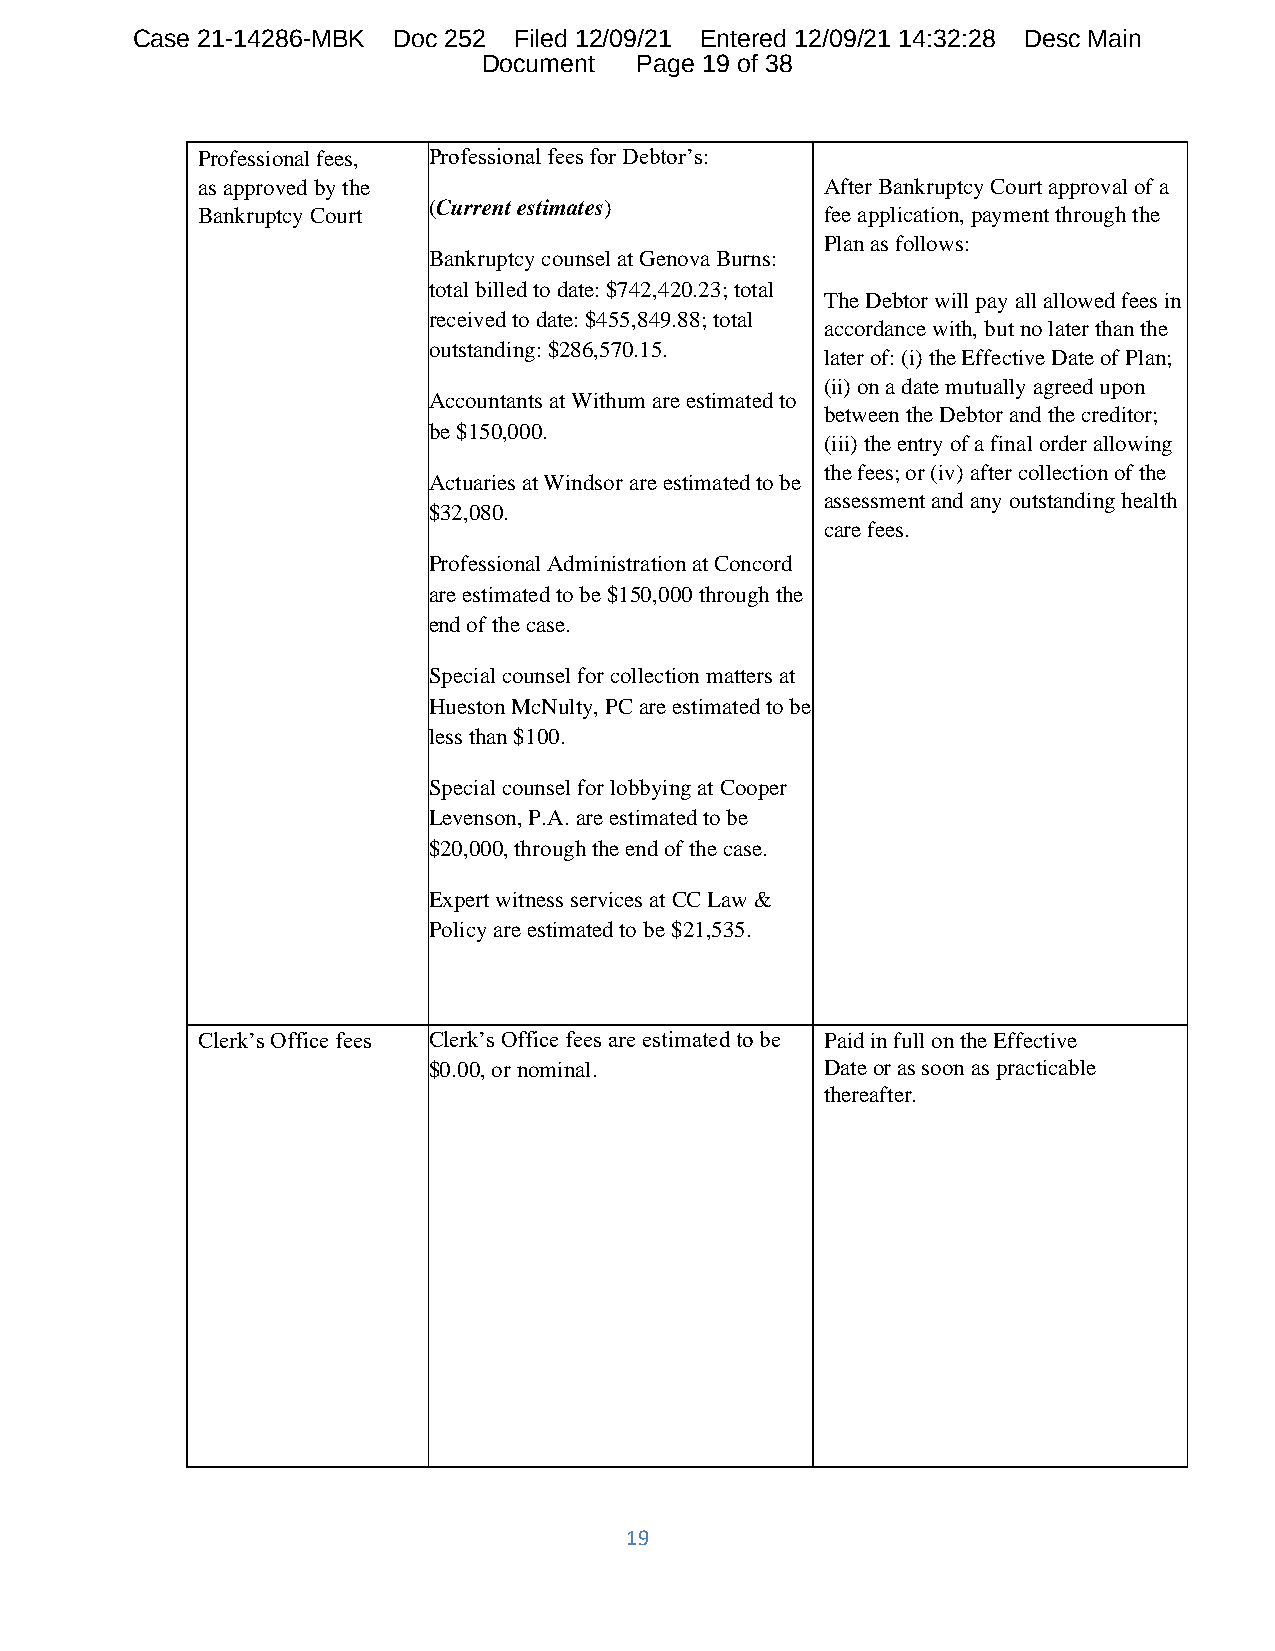
Case 21-14286-MBK Doc 252 Filed 12/09/21 Entered 12/09/21 14:32:28 Desc Main
 Document  Page 19 of 38
 Professional fees, Professional fees for Debtor’s:
 as approved by the                        After Bankruptcy Court approval of a
 (Current estimates)
 Bankruptcy Court                          fee application, payment through the
 Plan as follows:
 Bankruptcy counsel at Genova Burns:
 total billed to date: $742,420.23; total
 The Debtor will pay all allowed fees in
 received to date: $455,849.88; total
 accordance with, but no later than the
 outstanding: $286,570.15.
 later of: (i) the Effective Date of Plan;
 (ii) on a date mutually agreed upon
 Accountants at Withum are estimated to
 between the Debtor and the creditor;
 be $150,000.
 (iii) the entry of a final order allowing
 the fees; or (iv) after collection of the
 Actuaries at Windsor are estimated to be
 assessment and any outstanding health
 $32,080.
 care fees.
 Professional Administration at Concord
 are estimated to be $150,000 through the
 end of the case.
 Special counsel for collection matters at
 Hueston McNulty, PC are estimated to be
 less than $100.
 Special counsel for lobbying at Cooper
 Levenson, P.A. are estimated to be
 $20,000, through the end of the case.
 Expert witness services at CC Law &
 Policy are estimated to be $21,535.
 Clerk’s Office fees Clerk’s Office fees are estimated to be Paid in full on the Effective
 $0.00, or nominal.         Date or as soon as practicable
 thereafter.
 19